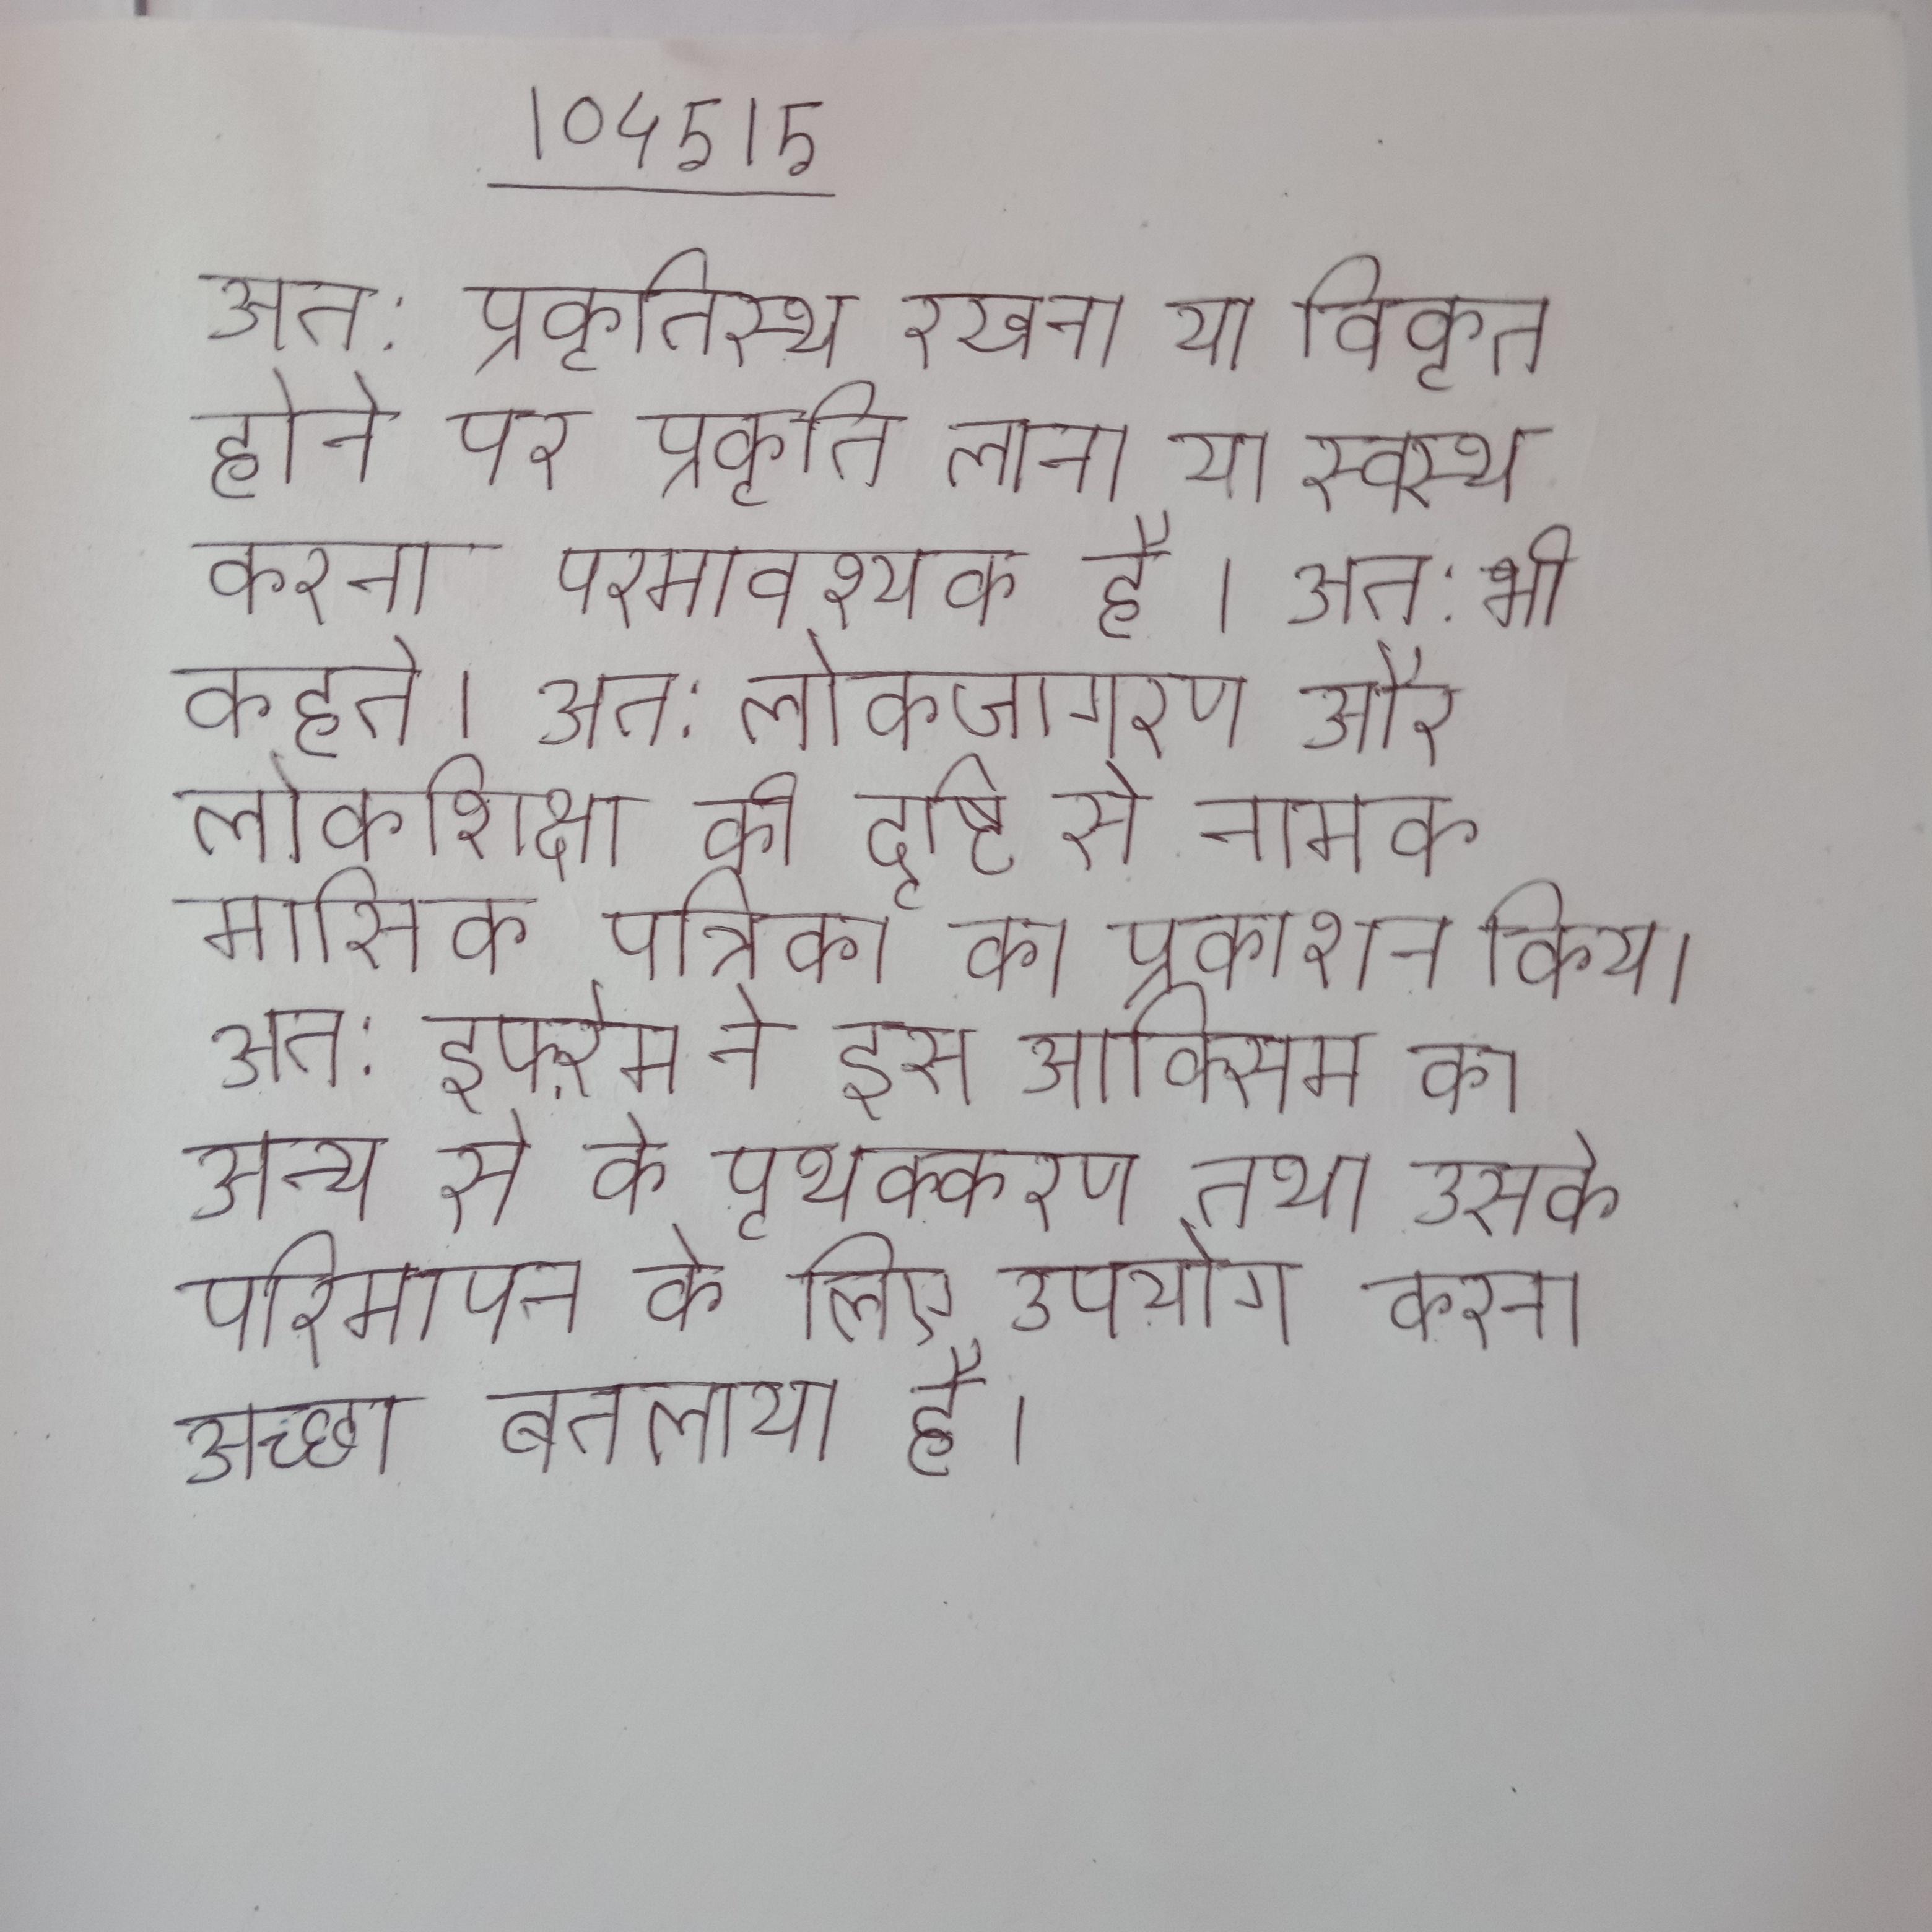
अत: प्रकृतिस्थ रखना या विकृत होने पर प्रकृति लाना या स्वस्थ करना परमावश्यक है । अत: भी कहते । अत: लोकजागरण और लोकशिक्षा की दृष्टि से नामक मासिक पत्रिका का प्रकाशन किय । अत: इफ्ऱेम ने इस आक्सिम का अन्य से के पृथक्करण तथा उसके परिमापन के लिए उपयोग करना अच्छा बतलाया है ।